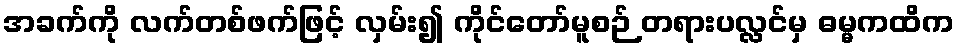
အခက်ကို လက်တစ်ဖက်ဖြင့် လှမ်း၍ ကိုင်တော်မူစဉ် တရားပလ္လင်မှ ဓမ္မကထိက